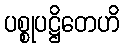
ပစ္စုပဋ္ဌိတေဟိ